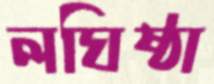
লঘিষ্ঠা